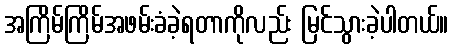
အကြိမ်ကြိမ်အဖမ်းခံခဲ့ရတာကိုလည်း မြင်သွားခဲ့ပါတယ်။